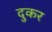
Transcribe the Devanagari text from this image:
दुकर